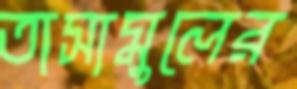
তাসামুলের